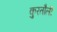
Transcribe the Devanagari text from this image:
कुरतौली